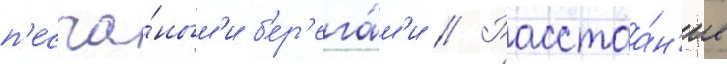
п'есча́ным'и б'ер'ега́м'и // Расстоа́н'ие